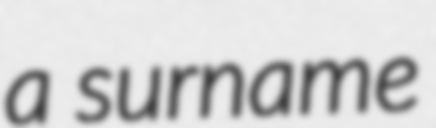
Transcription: a surname